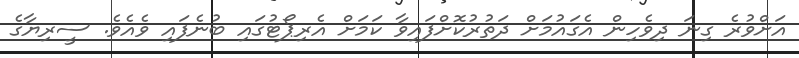
އަށްވުރެ ގިނަ ދިވެހިން އެގައުމަށް ދަތުރުކޮށްފައިވާ ކަމަށް އެރިޕޯޓުގައި ބުނެފައި ވެއެވެ. ސީރިޔާގެ